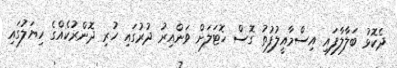
ދެކޮޅު ބަލާލާފައި އިސްމާއީލުފުތު ގޮސް ހޮޓަލަށް ވަންއިރު ދުރުގައި ހުރި ދޮންރުކެއްގެ ހިޔަލުގައި